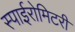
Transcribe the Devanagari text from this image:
स्पाईरोमिटरी